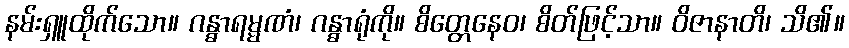
နမ်းရှူထိုက်သော။ ဂန္ဓာရမ္မဏံ၊ ဂန္ဓာရုံကို။ စိတ္တေနေဝ၊ စိတ်ဖြင့်သာ။ ဝိဇာနာတိ၊ သိ၏။